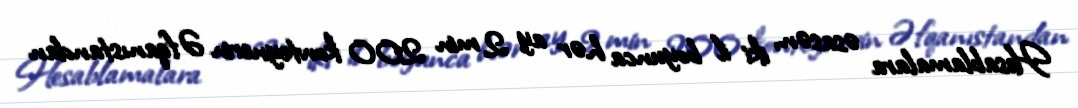
Hesablamalara əsasən, iki il boyunca hər ay 2 min 200 konteynerin Əfqanıstandan